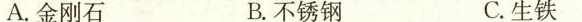
A.金刚石 B.不锈钢 C.生铁